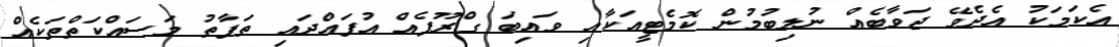
އެކަމަކު އެދެވޭ ޖަވާބެއް ނުލިބުމުން ކޮމެޓީއަކާއި ވައިބަ ގްރޫޕެއް އުފައްދައި ތަފާތު މަސައްކަތްތަކެއް